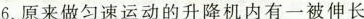
6.原来做匀速运动的升降机内有一被伸长